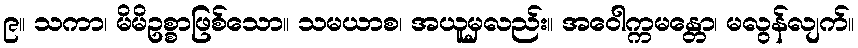
၉။ သကာ၊ မိမိဥစ္စာဖြစ်သော။ သမယာစ၊ အယူမှလည်း။ အဝေါက္ကမန္တော၊ မလွန်လျက်။